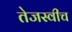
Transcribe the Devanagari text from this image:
तेजस्वीच